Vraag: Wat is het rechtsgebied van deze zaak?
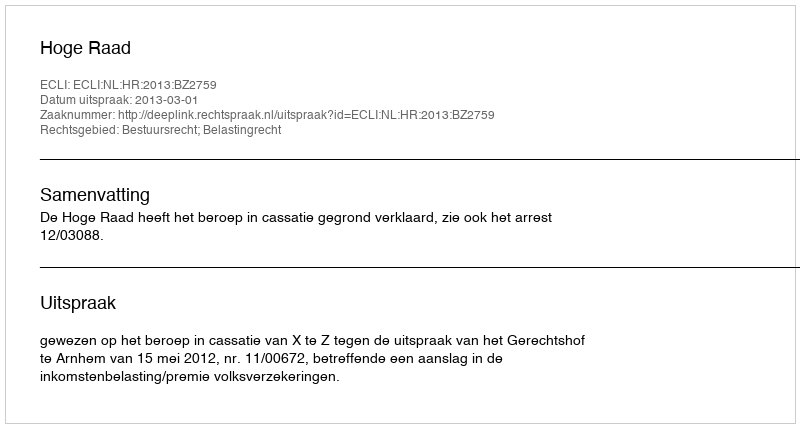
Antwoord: Bestuursrecht; Belastingrecht